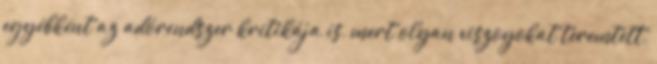
egyébként az adórendszer kritikája is, mert olyan viszoyokat teremtett,